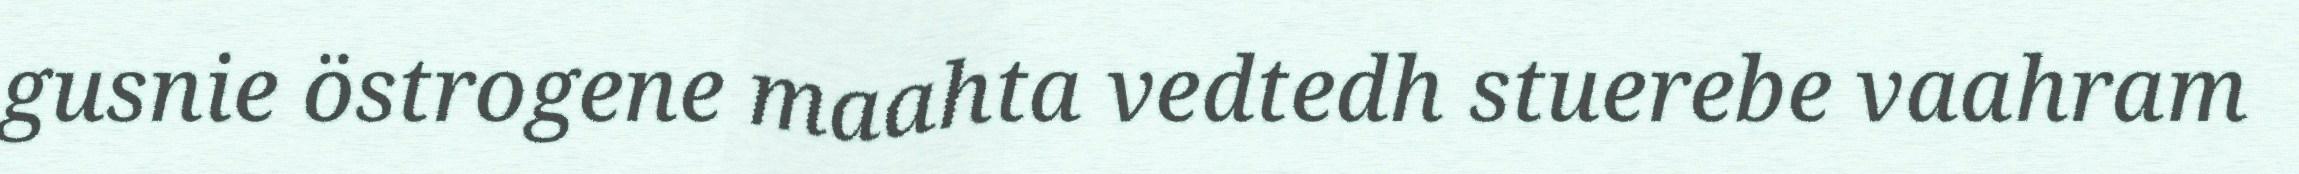
gusnie östrogene maahta vedtedh stuerebe vaahram